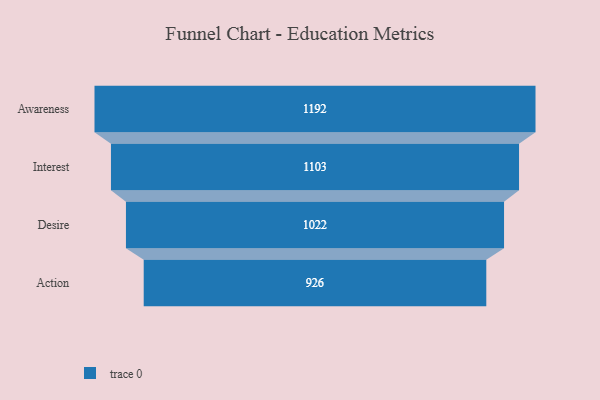
{"axis": {"x": "Stage", "y": "Value"}, "legend": [""], "data": [{"x": "Awareness", "y": 1192.0, "type": ""}, {"x": "Interest", "y": 1103.0, "type": ""}, {"x": "Desire", "y": 1022.0, "type": ""}, {"x": "Action", "y": 926.0, "type": ""}]}